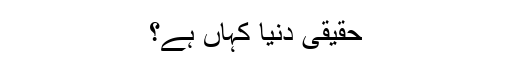
حقیقی دنیا کہاں ہے؟